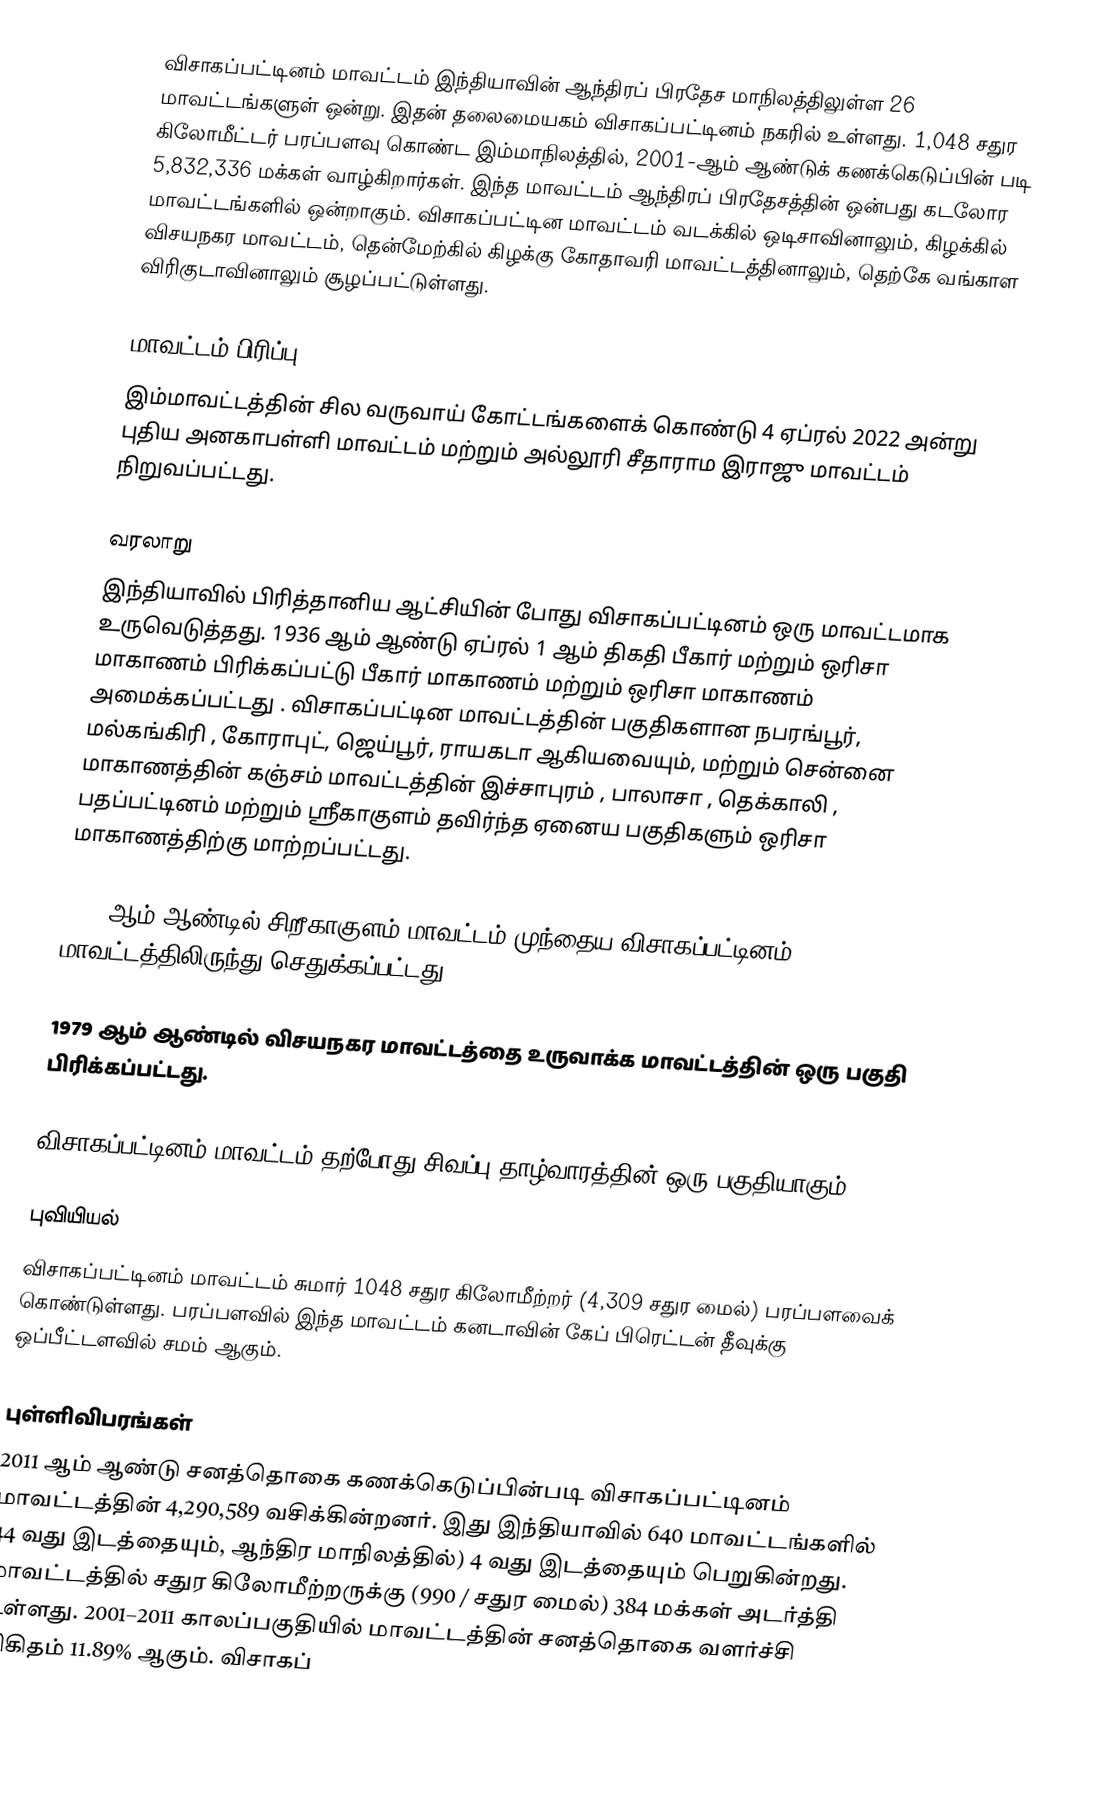
விசாகப்பட்டினம் மாவட்டம் இந்தியாவின் ஆந்திரப் பிரதேச மாநிலத்திலுள்ள 26 மாவட்டங்களுள் ஒன்று. இதன் தலைமையகம் விசாகப்பட்டினம் நகரில் உள்ளது. 1,048 சதுர கிலோமீட்டர் பரப்பளவு கொண்ட இம்மாநிலத்தில், 2001-ஆம் ஆண்டுக் கணக்கெடுப்பின் படி 5,832,336 மக்கள் வாழ்கிறார்கள். இந்த மாவட்டம் ஆந்திரப் பிரதேசத்தின் ஒன்பது கடலோர மாவட்டங்களில் ஒன்றாகும். விசாகப்பட்டின மாவட்டம் வடக்கில் ஒடிசாவினாலும், கிழக்கில் விசயநகர மாவட்டம், தென்மேற்கில் கிழக்கு கோதாவரி மாவட்டத்தினாலும், தெற்கே வங்காள விரிகுடாவினாலும் சூழப்பட்டுள்ளது.

மாவட்டம் பிரிப்பு
இம்மாவட்டத்தின் சில வருவாய் கோட்டங்களைக் கொண்டு 4 ஏப்ரல் 2022 அன்று  புதிய அனகாபள்ளி மாவட்டம் மற்றும் அல்லூரி சீதாராம இராஜு மாவட்டம் நிறுவப்பட்டது.

வரலாறு
இந்தியாவில் பிரித்தானிய ஆட்சியின் போது விசாகப்பட்டினம் ஒரு மாவட்டமாக உருவெடுத்தது. 1936 ஆம் ஆண்டு ஏப்ரல் 1 ஆம் திகதி பீகார் மற்றும் ஒரிசா மாகாணம் பிரிக்கப்பட்டு பீகார் மாகாணம் மற்றும் ஒரிசா மாகாணம் அமைக்கப்பட்டது . விசாகப்பட்டின மாவட்டத்தின் பகுதிகளான நபரங்பூர், மல்கங்கிரி , கோராபுட், ஜெய்பூர், ராயகடா ஆகியவையும், மற்றும் சென்னை மாகாணத்தின் கஞ்சம் மாவட்டத்தின் இச்சாபுரம் , பாலாசா , தெக்காலி , பதப்பட்டினம் மற்றும் ஸ்ரீகாகுளம் தவிர்ந்த ஏனைய பகுதிகளும் ஒரிசா மாகாணத்திற்கு மாற்றப்பட்டது.

1950 ஆம் ஆண்டில் சிறீகாகுளம் மாவட்டம் முந்தைய விசாகப்பட்டினம் மாவட்டத்திலிருந்து செதுக்கப்பட்டது.

1979 ஆம் ஆண்டில் விசயநகர மாவட்டத்தை உருவாக்க மாவட்டத்தின் ஒரு பகுதி பிரிக்கப்பட்டது.

விசாகப்பட்டினம் மாவட்டம் தற்போது சிவப்பு தாழ்வாரத்தின் ஒரு பகுதியாகும்.

புவியியல்
விசாகப்பட்டினம் மாவட்டம் சுமார் 1048 சதுர கிலோமீற்றர் (4,309 சதுர மைல்) பரப்பளவைக் கொண்டுள்ளது. பரப்பளவில் இந்த மாவட்டம் கனடாவின் கேப் பிரெட்டன் தீவுக்கு ஒப்பீட்டளவில் சமம் ஆகும்.

புள்ளிவிபரங்கள்
2011 ஆம் ஆண்டு சனத்தொகை கணக்கெடுப்பின்படி விசாகப்பட்டினம் மாவட்டத்தின் 4,290,589 வசிக்கின்றனர். இது இந்தியாவில் 640 மாவட்டங்களில் 44 வது இடத்தையும், ஆந்திர மாநிலத்தில்) 4 வது இடத்தையும் பெறுகின்றது. மாவட்டத்தில் சதுர கிலோமீற்றருக்கு (990 / சதுர மைல்) 384 மக்கள் அடர்த்தி உள்ளது.  2001–2011 காலப்பகுதியில் மாவட்டத்தின் சனத்தொகை வளர்ச்சி விகிதம் 11.89% ஆகும். விசாகப்